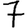
Digit: 7